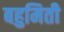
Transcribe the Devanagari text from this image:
बहुमिती